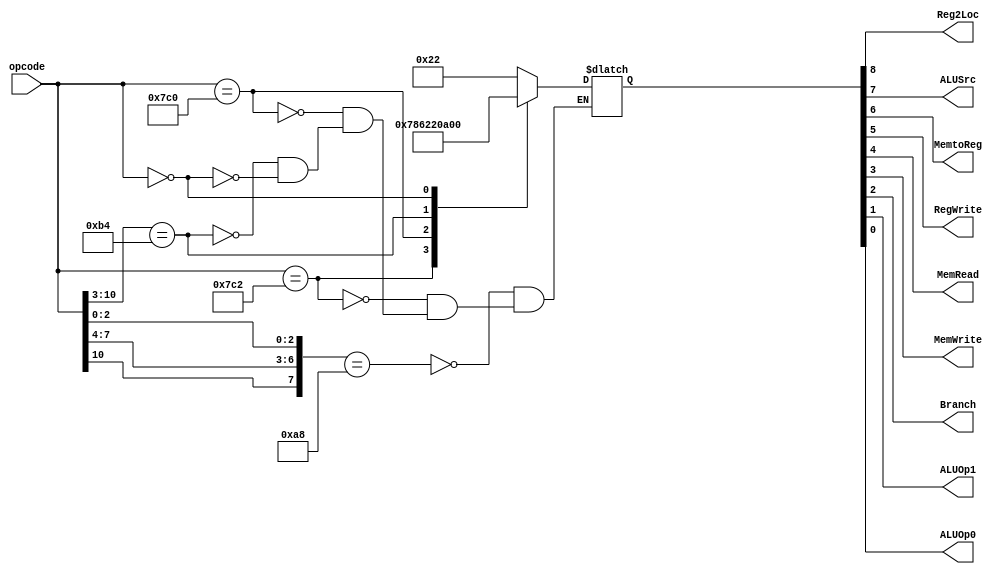
module Control (
    opcode,
    Reg2Loc, ALUSrc, MemtoReg, RegWrite,
    MemRead, MemWrite, Branch, ALUOp1, ALUOp0
);

    input [10:0] opcode;
    output Reg2Loc, ALUSrc, MemtoReg, RegWrite, MemRead, MemWrite, Branch, ALUOp1, ALUOp0;
    reg [8:0] ext;

    assign {Reg2Loc, ALUSrc, MemtoReg, RegWrite, MemRead, MemWrite, Branch, ALUOp1, ALUOp0} = ext;
     

    always @ (opcode) begin
    
        casex(opcode)
            11'b1xx0101x000: ext = 9'b000100010;
            11'b11111000010: ext = 9'b011110000;
            11'b11111000000: ext = 9'b110001000;
            11'b10110100xxx: ext = 9'b100000101;
            11'b0          : ext = 9'b0;
        endcase

    end

endmodule